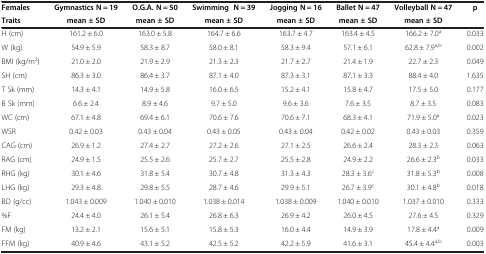
<table><thead><tr><td><b>Females</b></td><td><b>Gymnastics N = 19</b></td><td><b>O.G.A. N = 50</b></td><td><b>Swimming N = 39</b></td><td><b>Jogging N = 16</b></td><td><b>Ballet N = 47</b></td><td><b>Volleyball N = 47</b></td><td><b>p</b></td></tr><tr><td><b>Traits</b></td><td><b>mean ± SD</b></td><td><b>mean ± SD</b></td><td><b>mean ± SD</b></td><td><b>mean ± SD</b></td><td><b>mean ± SD</b></td><td><b>mean ± SD</b></td><td><b> </b></td></tr></thead><tbody><tr><td>H (cm)</td><td>161.2 ± 6.0</td><td>163.0 ± 5.8</td><td>164.7 ± 6.6</td><td>163.7 ± 4.7</td><td>163.4 ± 4.5</td><td>166.2 ± 7.0<sup>a</sup></td><td>0.033</td></tr><tr><td>W (kg)</td><td>54.9 ± 5.9</td><td>58.3 ± 8.7</td><td>58.0 ± 8.1</td><td>58.3 ± 9.4</td><td>57.1 ± 6.1</td><td>62.8 ± 7.9<sup>a,b</sup></td><td>0.002</td></tr><tr><td>BMI (kg/m<sup>2</sup>)</td><td>21.0 ± 2.0</td><td>21.9 ± 2.9</td><td>21.3 ± 2.3</td><td>21.7 ± 2.7</td><td>21.4 ± 1.9</td><td>22.7 ± 2.3</td><td>0.049</td></tr><tr><td>SH (cm)</td><td>86.3 ± 3.0</td><td>86.4 ± 3.7</td><td>87.1 ± 4.0</td><td>87.3 ± 3.1</td><td>87.1 ± 3.3</td><td>88.4 ± 4.0</td><td>1.635</td></tr><tr><td>T Sk (mm)</td><td>14.3 ± 4.1</td><td>14.9 ± 5.8</td><td>16.0 ± 6.5</td><td>15.2 ± 4.1</td><td>15.8 ± 4.7</td><td>17.5 ± 5.0</td><td>0.177</td></tr><tr><td>B Sk (mm)</td><td>6.6 ± 2.4</td><td>8.9 ± 4.6</td><td>9.7 ± 5.0</td><td>9.6 ± 3.6</td><td>7.6 ± 3.5</td><td>8.7 ± 3.5</td><td>0.083</td></tr><tr><td>WC (cm)</td><td>67.1 ± 4.8</td><td>69.4 ± 6.1</td><td>70.6 ± 7.6</td><td>70.6 ± 7.1</td><td>68.3 ± 4.1</td><td>71.9 ± 5.0<sup>a</sup></td><td>0.023</td></tr><tr><td>WSR</td><td>0.42 ± 0.03</td><td>0.43 ± 0.04</td><td>0.43 ± 0.05</td><td>0.43 ± 0.04</td><td>0.42 ± 0.02</td><td>0.43 ± 0.03</td><td>0.359</td></tr><tr><td>CAG (cm)</td><td>26.9 ± 1.2</td><td>27.4 ± 2.7</td><td>27.2 ± 2.6</td><td>27.1 ± 2.5</td><td>26.6 ± 2.4</td><td>28.3 ± 2.3</td><td>0.063</td></tr><tr><td>RAG (cm)</td><td>24.9 ± 1.5</td><td>25.5 ± 2.6</td><td>25.7 ± 2.7</td><td>25.5 ± 2.8</td><td>24.9 ± 2.2</td><td>26.6 ± 2.3<sup>b</sup></td><td>0.033</td></tr><tr><td>RHG (kg)</td><td>30.1 ± 4.6</td><td>31.8 ± 5.4</td><td>30.7 ± 4.8</td><td>31.3 ± 4.3</td><td>28.3 ± 3.6<sup>c</sup></td><td>31.8 ± 5.3<sup>b</sup></td><td>0.008</td></tr><tr><td>LHG (kg)</td><td>29.3 ± 4.8</td><td>29.8 ± 5.5</td><td>28.7 ± 4.6</td><td>29.9 ± 5.1</td><td>26.7 ± 3.9<sup>c</sup></td><td>30.1 ± 4.8<sup>b</sup></td><td>0.018</td></tr><tr><td>BD (g/cc)</td><td>1.043 ± 0.009</td><td>1.040 ± 0.010</td><td>1.038 ± 0.014</td><td>1.038 ± 0.009</td><td>1.040 ± 0.010</td><td>1.037 ± 0.010</td><td>0.333</td></tr><tr><td>%F</td><td>24.4 ± 4.0</td><td>26.1 ± 5.4</td><td>26.8 ± 6.3</td><td>26.9 ± 4.2</td><td>26.0 ± 4.5</td><td>27.6 ± 4.5</td><td>0.329</td></tr><tr><td>FM (kg)</td><td>13.2 ± 2.1</td><td>15.6 ± 5.1</td><td>15.8 ± 5.3</td><td>16.0 ± 4.4</td><td>14.9 ± 3.9</td><td>17.8 ± 4.4<sup>a</sup></td><td>0.009</td></tr><tr><td>FFM (kg)</td><td>40.9 ± 4.6</td><td>43.1 ± 5.2</td><td>42.5 ± 5.2</td><td>42.2 ± 5.9</td><td>41.6 ± 3.1</td><td>45.4 ± 4.4<sup>a,b</sup></td><td>0.003</td></tr></tbody></table>